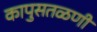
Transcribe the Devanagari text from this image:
कापुसतळणी